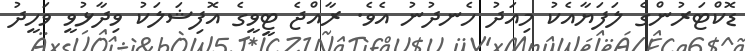
ޑޮކްޓަރުންގެ ލަފަޔާއެކު މިއަދު ހެނދުނު އެވެ. ރާއްޖެ ޓީވީގެ އޮފިޝަލަކު ވިދާޅުވީ ވަހީދު